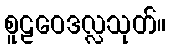
စူဠဝေဒလ္လသုတ်။